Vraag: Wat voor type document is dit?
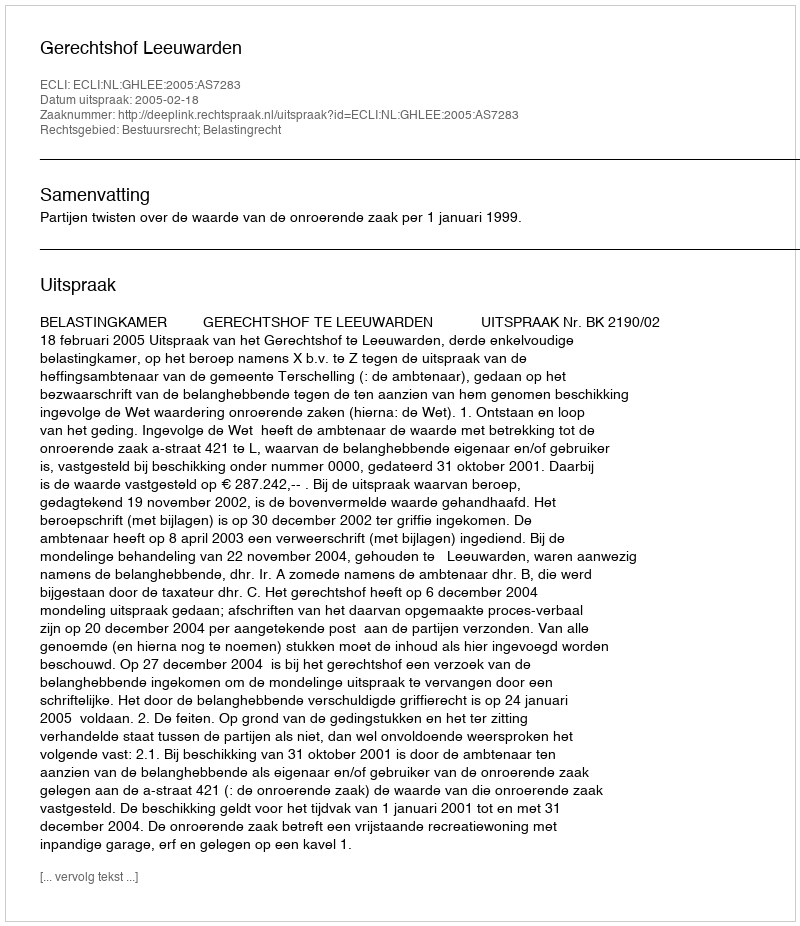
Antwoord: Uitspraak